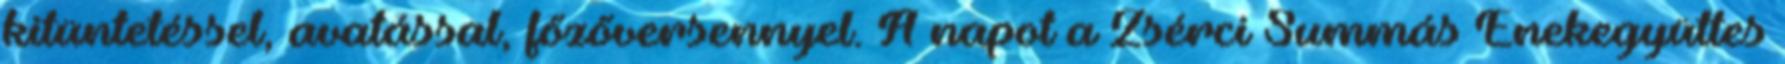
kitüntetéssel, avatással, főzőversennyel. A napot a Zsérci Summás Ének­együttes